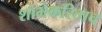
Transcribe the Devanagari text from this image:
शोभेकरिताच